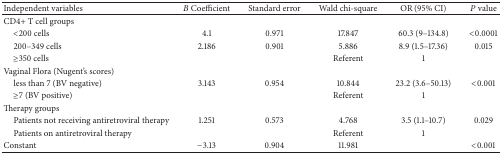
<table><thead><tr><td><b>Independent variables</b></td><td><b><i>B</i> Coefficient</b></td><td><b>Standard error</b></td><td><b>Wald chi-square</b></td><td><b>OR (95% CI)</b></td><td><b><i>P</i> value</b></td></tr></thead><tbody><tr><td>CD4+ T cell groups</td><td> </td><td> </td><td> </td><td> </td><td> </td></tr><tr><td> &lt;200 cells</td><td>4.1</td><td>0.971</td><td>17.847</td><td>60.3 (9–134.8)</td><td>&lt;0.0001</td></tr><tr><td> 200–349 cells</td><td>2.186</td><td>0.901</td><td>5.886</td><td>8.9 (1.5–17.36)</td><td>0.015</td></tr><tr><td> ≥350 cells</td><td> </td><td> </td><td>Referent</td><td>1</td><td> </td></tr><tr><td>Vaginal Flora (Nugent&#x27;s scores)</td><td> </td><td> </td><td> </td><td> </td><td> </td></tr><tr><td> less than 7 (BV negative)</td><td>3.143</td><td>0.954</td><td>10.844</td><td>23.2 (3.6–50.13)</td><td>&lt;0.001</td></tr><tr><td> ≥7 (BV positive)</td><td> </td><td> </td><td>Referent</td><td>1</td><td> </td></tr><tr><td>Therapy groups</td><td> </td><td> </td><td> </td><td> </td><td> </td></tr><tr><td> Patients not receiving antiretroviral therapy</td><td>1.251</td><td>0.573</td><td>4.768</td><td>3.5 (1.1–10.7)</td><td>0.029</td></tr><tr><td> Patients on antiretroviral therapy</td><td> </td><td> </td><td>Referent</td><td>1</td><td> </td></tr><tr><td>Constant </td><td>−3.13</td><td>0.904</td><td>11.981</td><td> </td><td>&lt;0.001</td></tr></tbody></table>